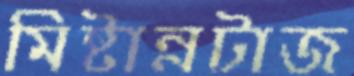
মিষ্টান্নটাজ